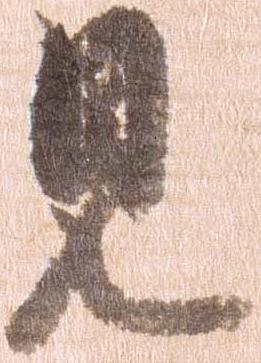
見